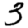
Digit: 3